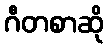
ဂီတစာဆို